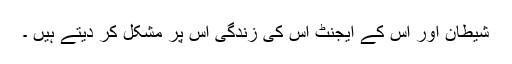
شیطان اور اس کے ایجنٹ اس کی زندگی اس پر مشکل کر دیتے ہیں ۔